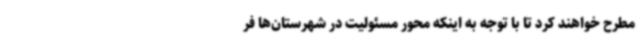
مطرح خواهند کرد تا با توجه به اینکه محور مسئولیت در شهرستان‌ها فر